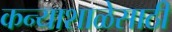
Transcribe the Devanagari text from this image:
कन्याशाळेसाठी